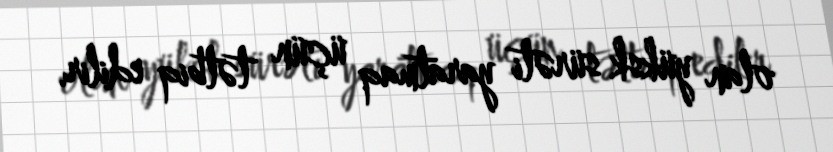
olan yüksk sürəti yaratmaq üçün tətbiq edilir.